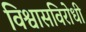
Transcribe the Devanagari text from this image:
विश्वासविरोधी